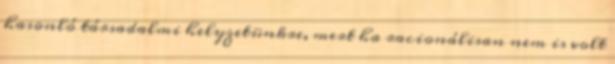
hasonló társadalmi helyzetünkre, mert ha racionálisan nem is volt